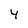
Character: 4